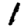
Digit: 1